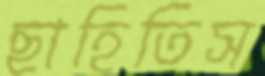
ছাহিতিস